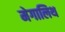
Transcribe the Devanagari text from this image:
मेगालिथ